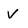
Character: V